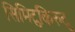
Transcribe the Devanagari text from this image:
सिमिटुकिरुदु